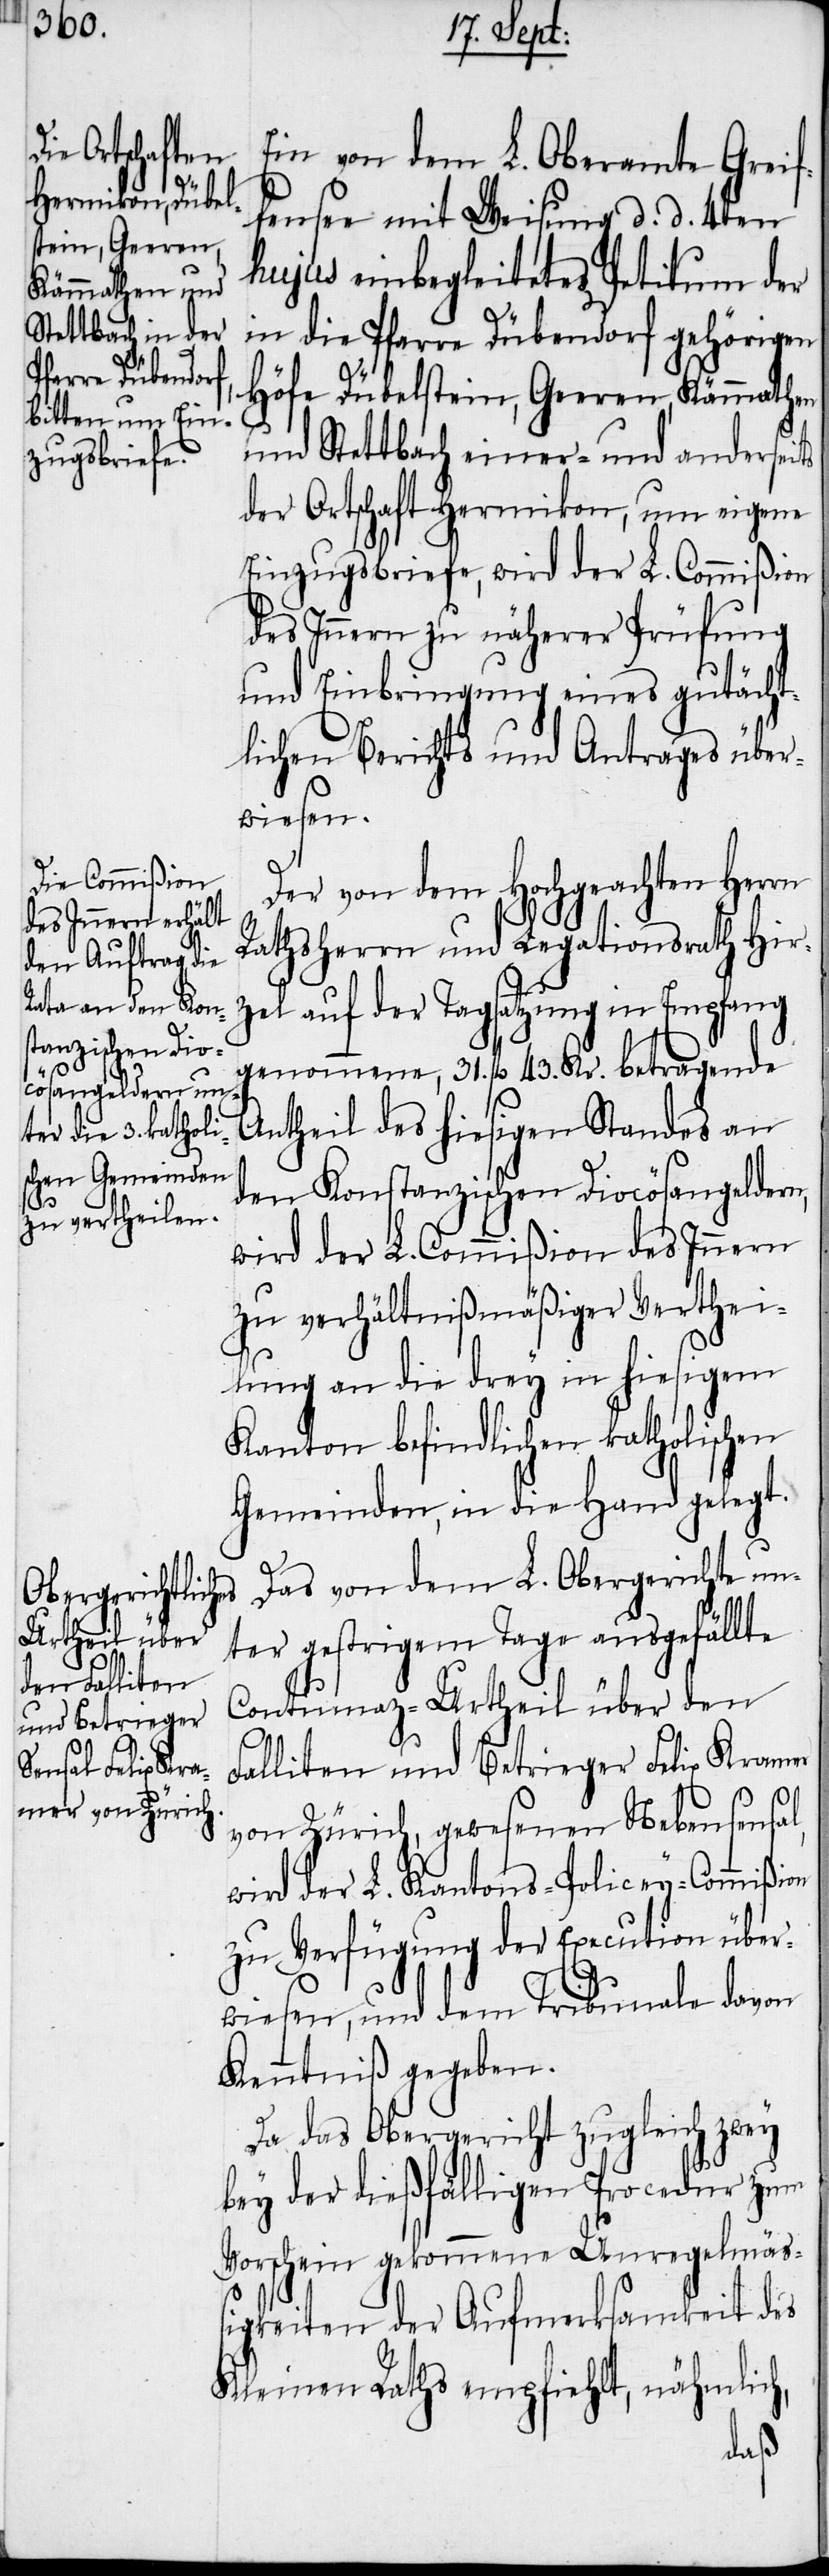
Ein von dem L. Oberamte Greif¬
fensee mit Weisung d. d. 4ten
hujus einbegleitetes Petitum der
in die Pfarre Dübendorf gehörigen
Höfe Dübelstein, Geeren, Kämmathen
und Stettbach einer- und anderseits
der Ortschaft Hermikon, um eigene
Einzugsbriefe, wird der L. Commißion
des Innern zu näherer Prüfung
und Einbringung eines gutächt¬
lichen Berichts und Antrages über¬
wiesen.
Der von dem Hochgeachten Herrn
Rathsherrn und Legationsrath Hir¬
zel auf der Tagsatzung in Empfang
genommene, 31. fl 43. Kr. betragende
Antheil des hiesigen Standes an
den Konstanzischen Diocösangeldern,
wird der L. Commißion des Innern
zu verhältnißmäßiger Verthei¬
lung an die drey in hiesigem
Kanton befindlichen katholischen
Gemeinden, in die Hand gelegt.
Das von dem L. Obergerichte un¬
ter gestrigem Tage ausgefällte
Contumaz-Urtheil über den
Falliten und Betrieger Felix Kramer
von Zürich, gewesenen Nebensensal,
wird der L. Kantons-Policey-Commißion
zu Verfügung der Execution über¬
wiesen, und dem Tribunale davon
Kenntniß gegeben.
Da das Obergericht zugleich zwey
bey der dießfälligen Procedur zum
Vorschein gekommene Unregelmäß¬
igkeiten der Aufmerksamkeit des
Kleinen Raths empfiehlt, nähmlich,